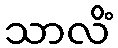
သာလိံ